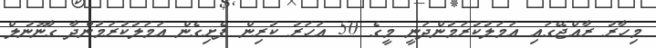
މިހާރު ރާއްޖޭގައި އަމަލުކުރަމުންދަނީ މީގެ 50 އަހަރު ކުރިން ފެށިގެން އަމަލުކުރަމުންދާ ގާނޫނުލް